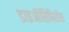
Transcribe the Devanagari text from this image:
डाइऑसिपिरॉस